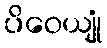
ပိဝေယျုံ